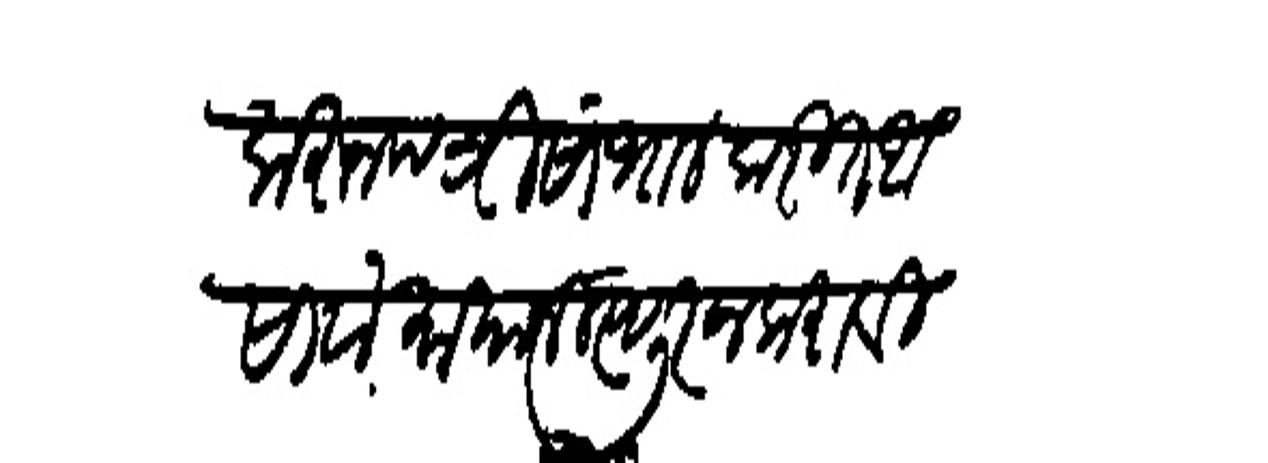
Transliteration (Devanagari): कहन पत्री सांभाल करीत आसावा माया निस्टूर न करावी